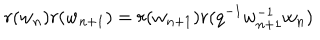
r ( w _ { n } ) r ( w _ { n + 1 } ) = r ( w _ { n + 1 } ) r ( q ^ { - 1 } w _ { n + 1 } ^ { - 1 } w _ { n } )